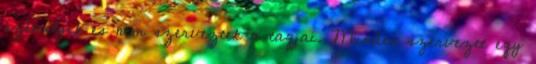
személyek és nem szerveztek a tagjai. Minden szervezet egy